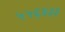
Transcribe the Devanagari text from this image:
५५६४३३